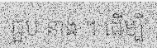
ជួប នាង ។ ដើម្បី